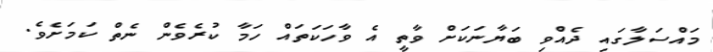
މައްސަލާގައި ދެއްވި ބަޔާނަކަށް ވާތީ އެ ވާހަކަތައް ހަމާ ކުރެވެން ނެތް ކަމަށެވެ.